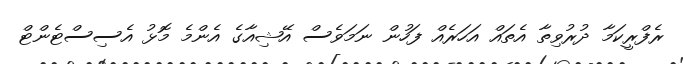
ރެފްރީކަމާ ދުރުވިތާ އެތައް އަހަރެއް ފަހުން ނަމަވެސް އޭޝިއާގެ އެންމެ މޮޅު އެސިސްޓެންޓް